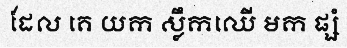
ដែល គេ យក ស្លឹកឈើ មក ផ្សំ